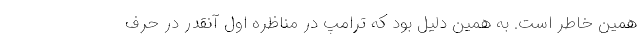
همین خاطر است. به همین دلیل بود که ترامپ در مناظره اول آنقدر در حرف